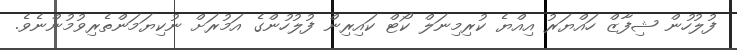
ފުލުހުން ޝިފާޒް ހައްޔަރު އިއްޔެ ކުރިމިނަލް ކޯޓް ކައިރިން ފުލުހުންގެ އަމުރަށް ނުކިޔަމަންތެރިވުމުންނެވެ.